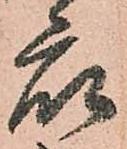
衆